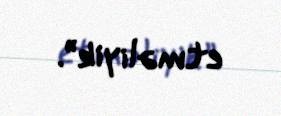
etməliyik”.